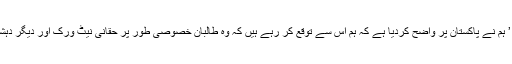
اپنے دورے کے دوران کابل میں پریس کانفرنس کرتے ہوئے ان کا کہنا تھا کہ ’ ہم نے پاکستان پر واضح کردیا ہے کہ ہم اس سے توقع کر رہے ہیں کہ وہ طالبان خصوصی طور پر حقانی نیٹ ورک اور دیگر دہشت گرد تنظیموں کے خلاف کارروائی کرتے ہوئے ہمارے ساتھ تعاون کرے گا۔